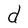
Character: d